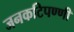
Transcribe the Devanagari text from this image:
जनकटिपण्णी